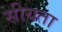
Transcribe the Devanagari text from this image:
सीयता